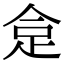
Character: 𧿍